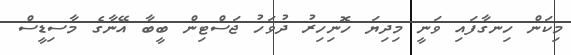
މިކަން ހިނގާފައި ވަނީ މިދިޔަ ހޮނިހިރު ދުވަހު ޖަސްޓިން ބީބާ އޭނާގެ މާސިޑީސް